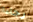
رجاءا